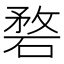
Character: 𥓺